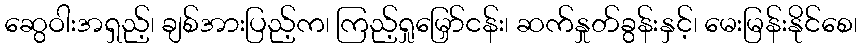
ဆွေဝါးအရှည့်၊ ချစ်အားပြည့်က၊ ကြည့်ရှုမြှော်ငန်း၊ ဆက်နှုတ်ခွန်းနှင့်၊ မေးမြန်းနိုင်စေ၊